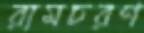
রামচরণ